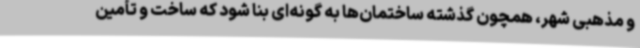
و مذهبی شهر، همچون گذشته ساختمان‌ها به گونه‌ای بنا شود که ساخت و تأمین